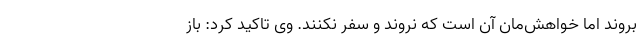
بروند اما خواهش‌مان آن است که نروند و سفر نکنند. وی تاکید کرد: باز